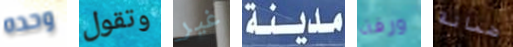
وحده وتقول غير مدينة ورقة ضمانة